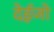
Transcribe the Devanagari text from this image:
देईजो